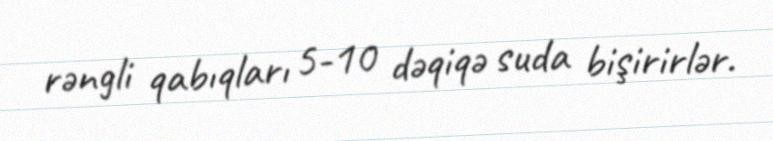
rəngli qabıqları 5-10 dəqiqə suda bişirirlər.